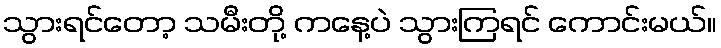
သွားရင်တော့ သမီးတို့ ကနေ့ပဲ သွားကြရင် ကောင်းမယ်။